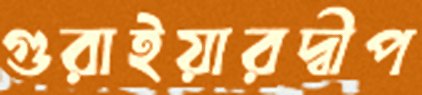
গুরাইয়ারদ্বীপ